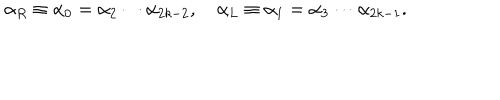
\alpha _ { R } \equiv \alpha _ { 0 } = \alpha _ { 2 } \cdots \alpha _ { 2 k - 2 } , \quad \alpha _ { L } \equiv \alpha _ { 1 } = \alpha _ { 3 } \cdots \alpha _ { 2 k - 1 } .